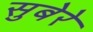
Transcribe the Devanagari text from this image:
सुबेरे